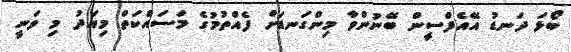
ބޯޅަ ދަނޑު އޭއެފްސީން ބޭނުންވާ މިންގަނޑަށް ފެއްތުމުގެ މަސައްކަތް މިއަދު މި ވަނީ